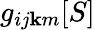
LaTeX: g_{ij\mathbf{k}m}[S]